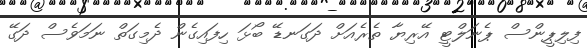
ފިލިޕީންސް ޕެނަލްޓީ އޭރިޔާ ތެރެއަށް ދަގަނޑޭ ބޯޅަ ހިފައިގެން ދެމިގަތް ނަމަވެސް ދަގޭ